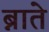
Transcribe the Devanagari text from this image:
ब्नाते